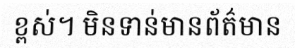
ខ្ពស់។ មិនទាន់មានព័ត៌មាន